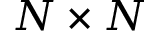
N \times N